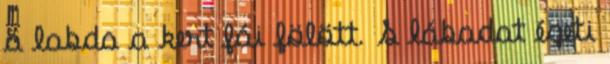
a labda a kert fái fölött. S lábadat égeti